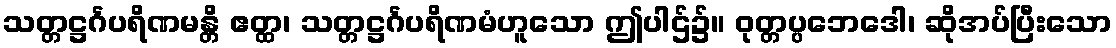
သတ္တဋ္ဌင်္ဂပရိဏမန္တိ ဧတ္ထ၊ သတ္တဋ္ဌင်္ဂပရိဏမံဟူသော ဤပါဌ်၌။ ဝုတ္တပ္ပဘေဒေါ၊ ဆိုအပ်ပြီးသော